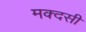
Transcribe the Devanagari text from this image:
मक्दसी